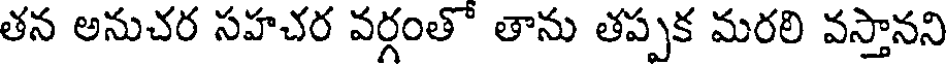
తన అనుచర సహచర వర్గంతో తాను తప్పక మరలి వస్తానని